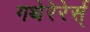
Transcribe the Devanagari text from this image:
गथेरेरेर्स्